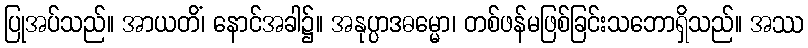
ပြုအပ်သည်။ အာယတိံ၊ နောင်အခါ၌။ အနုပ္ပာဒဓမ္မော၊ တစ်ဖန်မဖြစ်ခြင်းသဘောရှိသည်။ အဿ